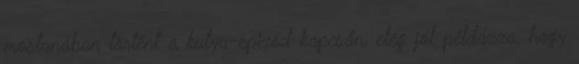
mostanában történt a kutya-epizód kapcsán, elég jól példázza, hogy